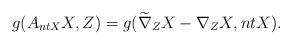
LaTeX: \begin{align*}g(A_{ntX}X,Z)=g(\widetilde\nabla_{Z}X-\nabla_{Z}X, ntX).\end{align*}